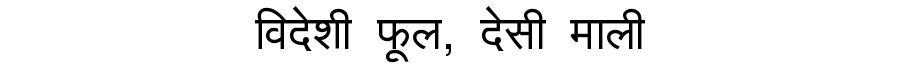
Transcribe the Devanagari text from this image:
विदेशी फूल, देसी माली